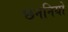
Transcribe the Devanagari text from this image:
छननियों